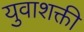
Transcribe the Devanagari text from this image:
युवाशक्ती